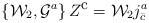
\begin{align*}\left\{ {\cal W}_2 , {\cal G}^a \right\} Z^{\mbox{\small c}} = {\cal W}_2 j^a_{\bar{c}}\end{align*}